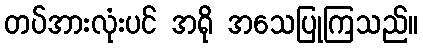
တပ်အားလုံးပင် အရို အသေပြုကြသည်။